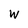
Character: W